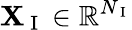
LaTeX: \mathbf{X}_{\mathrm{~I~}}\in\mathbb{R}^{N_{\mathrm{~I~}}}